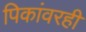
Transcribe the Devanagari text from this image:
पिकांवरही